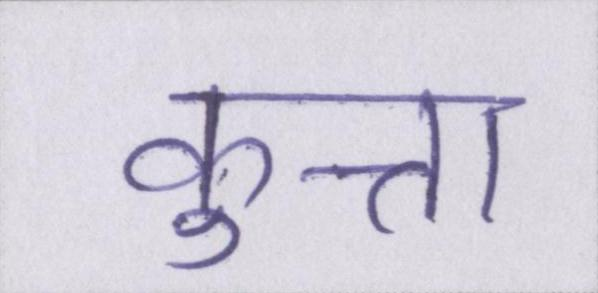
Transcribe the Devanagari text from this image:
कुत्ता